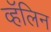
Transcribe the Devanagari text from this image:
व्हॅलिन